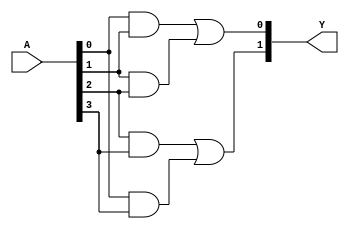
module FusedPAL (
    input wire [N-1:0] A,      // N input signals
    output wire [M-1:0] Y      // M output signals
);

parameter N = 4;              // Number of inputs
parameter M = 2;              // Number of outputs
parameter P = 4;              // Number of programmable AND gates

// Programmable AND array -- Outputs of AND gates
wire [P-1:0] and_out;

// Example of 4 AND gates; each can take any combination of inputs
// You would replace this with your actual programming model
assign and_out[0] = A[0] & A[1];               // AND Gate 0: A0 AND A1
assign and_out[1] = A[1] & A[2];               // AND Gate 1: A1 AND A2
assign and_out[2] = A[2] & A[3];               // AND Gate 2: A2 AND A3
assign and_out[3] = A[0] & A[3];               // AND Gate 3: A0 AND A3

// Fixed OR array -- Outputs of OR gates
assign Y[0] = and_out[0] | and_out[1];        // OR Gate 0: AND Gate 0 OR AND Gate 1
assign Y[1] = and_out[2] | and_out[3];        // OR Gate 1: AND Gate 2 OR AND Gate 3

endmodule